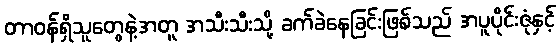
တာဝန်ရှိသူတွေနဲ့အတူ အသီးသီးသို့ ခက်ခဲနေခြင်းဖြစ်သည် အပူပိုင်းဇုံနှင့်